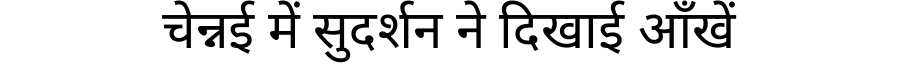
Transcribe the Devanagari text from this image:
चेन्नई में सुदर्शन ने दिखाई आँखें